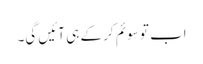
اب تو سوئم کر کے ہی آئیں گی۔